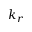
k _ { r }